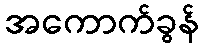
အကောက်ခွန်